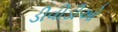
ડીવીડીઓ